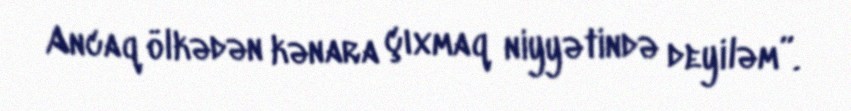
Ancaq ölkədən kənara çıxmaq niyyətində deyiləm”.